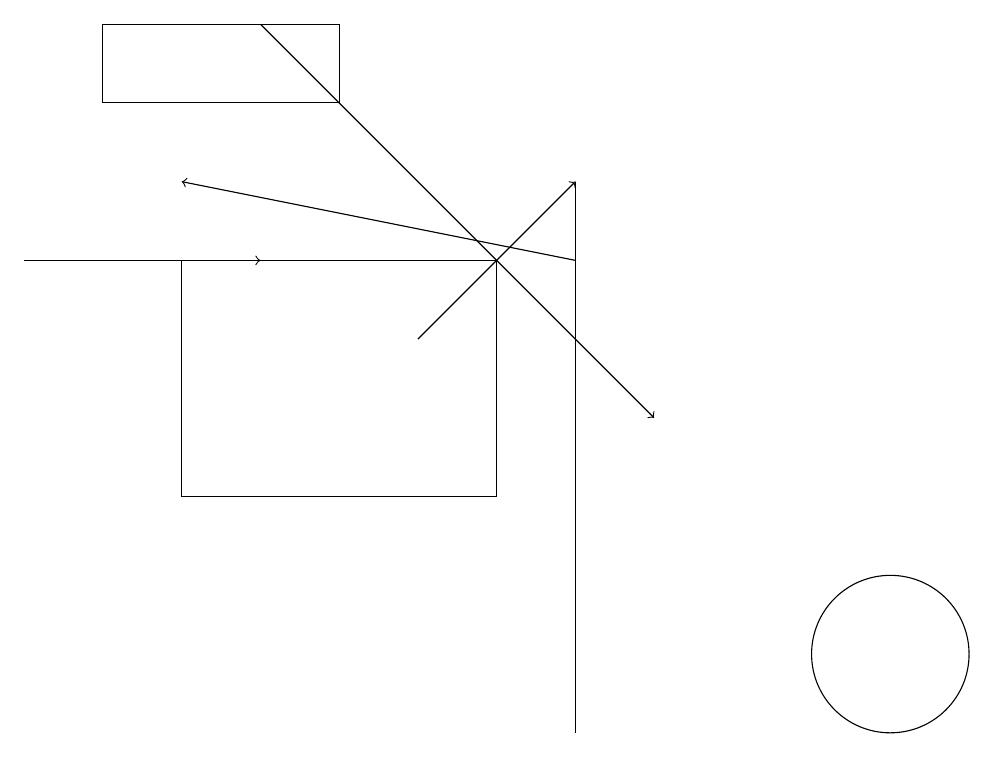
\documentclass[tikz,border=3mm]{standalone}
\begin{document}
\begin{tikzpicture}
\draw (6,16) rectangle (2,13);
\draw[->] (7,16) -- (2,17);
\draw[->] (3,19) -- (8,14);
\draw[->] (5,15) -- (7,17);
\draw (7,10) rectangle (7,17);
\draw (11,11) circle (1);
\draw (1,19) rectangle (4,18);
\draw[->] (0,16) -- (3,16);
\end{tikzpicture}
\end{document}